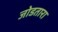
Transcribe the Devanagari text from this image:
जोडतारा